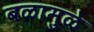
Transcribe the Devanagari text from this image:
बळामुळे